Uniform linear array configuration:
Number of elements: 48
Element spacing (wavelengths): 1
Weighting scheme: binomial
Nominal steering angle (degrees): -15
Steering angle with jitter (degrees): -15.284
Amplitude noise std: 0.05
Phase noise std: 0.05

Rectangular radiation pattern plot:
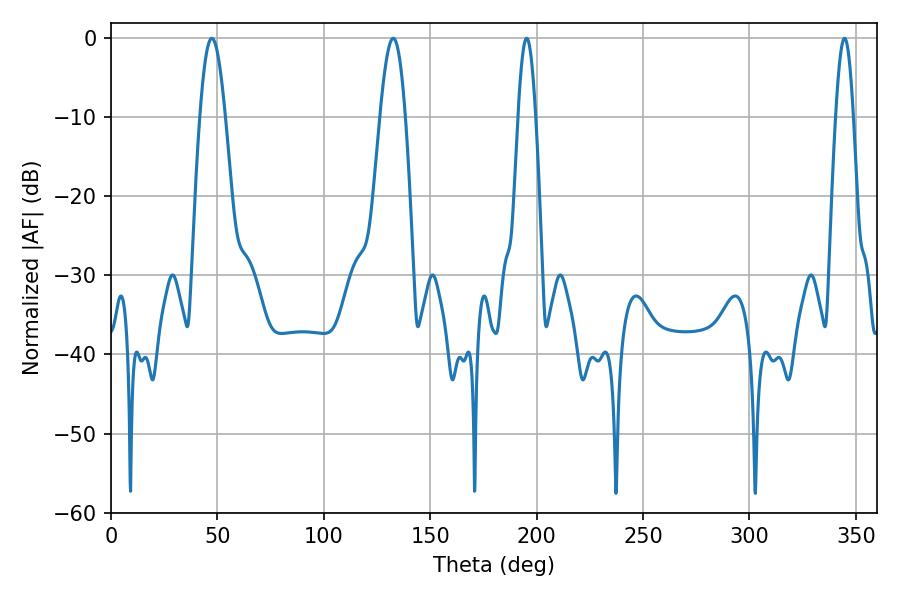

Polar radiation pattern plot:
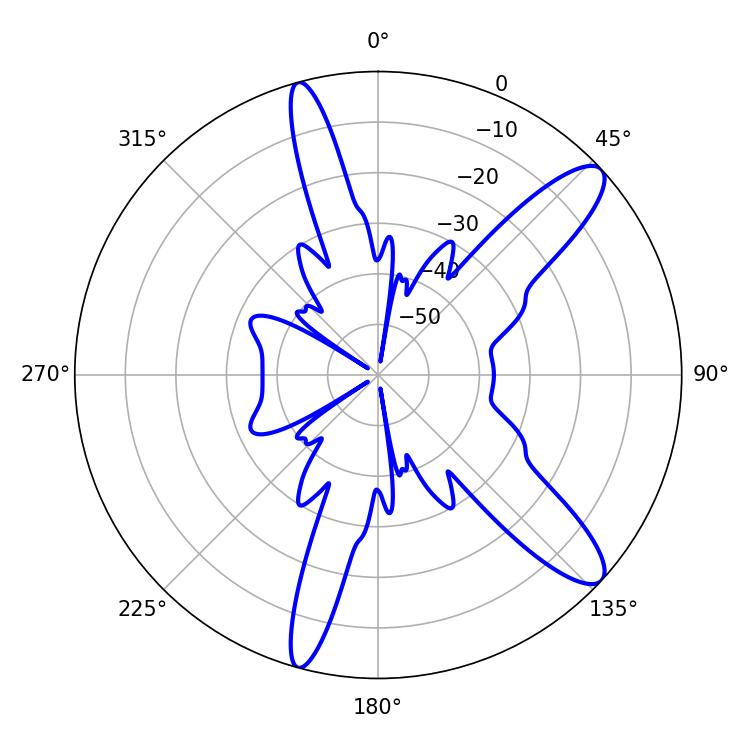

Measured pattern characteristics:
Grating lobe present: TRUE
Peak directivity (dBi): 11.661
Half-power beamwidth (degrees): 4.5
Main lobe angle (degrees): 344.7